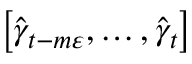
\left[ \widehat { \gamma } _ { t - m \varepsilon } , \ldots , \widehat { \gamma } _ { t } \right]